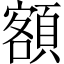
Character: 額